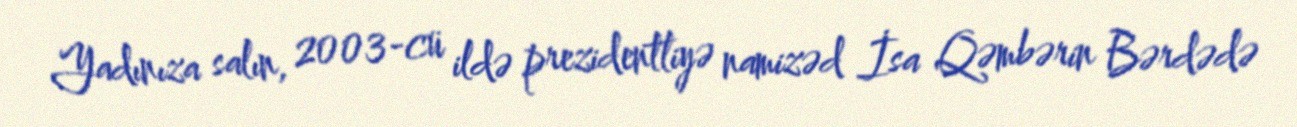
Yadınıza salın, 2003-cü ildə prezidentliyə namizəd İsa Qəmbərin Bərdədə